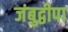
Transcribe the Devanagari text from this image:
जंबुद्वीपा